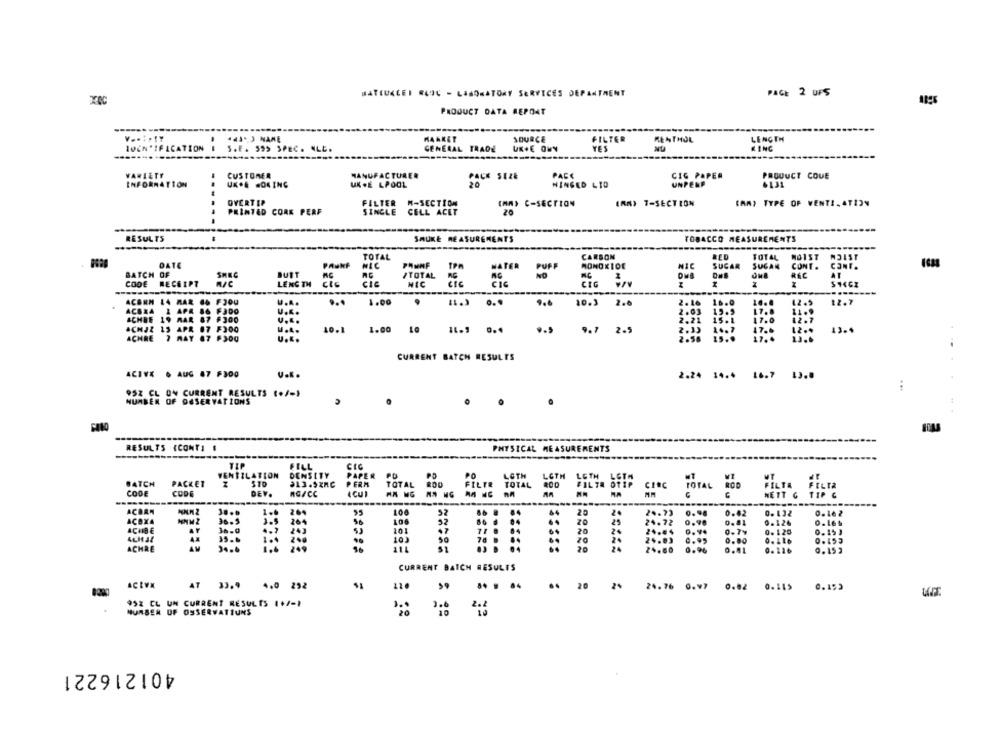
BATEUKLEI REOC - LABORATORY SERVICES DEPARTMENT
PAGE 2 UPS
PRODUCT DATA REPOAT
(41) NAME
MARKET
SOURCE
FILTER
MENTHOL
LENGTH
IUCN' IFICATION I
GENERAL TRADE
YES
KING
S.E. 599 SPEC. ALE.
UK.E OWN
NU
VARIETY
CUSTOMER
MANUFACTURER
PACK SIZE
PACE
CIG PAPER
PRODUCT COUE
UK .E LPOOL
20
UNPERP
6131
INFORMATION
...
HINGED LTD
OVERTIP
FILTER M-SECTION
(AA) C-SECTION
(RM) 7-SECTION
(MA) TYPE OF WENTZ. ATION
PRINTED CORK PERF
SINGLE
CELL ACET
RESULTS
SHUKE REASUREMENTS
TOBACCO MEASUREMENTS
CARBON
TOTAL
NO1ST
DATE
NIC
TOTAL
MONOXIDE
NIC
SUGAR
SUGAR
IPA
NATER
PUFF
CONT .
CanT.
BATCH OF
SHEC
BUST
/TOTAL
NO
MC
REC
AT
CODE
RECEIPT
LENGTH
CIC
NIC
CIG
CIG
---
ACBRM 14
RAR
I APA 86
64 FJou
U ...
1.00
...
9.6
10.3
2.6
2. 16
16.0
16.0
42 .5
12.7
ACBRA
F300
U.K.
2.03
17.8
ACHDE
19 RAR
87 F300
U ...
17.0
ACHJZ 15 APR 17 F300
U.A.
10.1
9.5
9.7
2.21
14.7
ACHRE
U ...
1.00 10 11.9 0.4
2.5
15 ..
17.4
7 MAY 07 F300
2.58
13.6
CURRENT BATCH RESULTS
ACIVE . AUG 67 F300
14.4 16.7 13.8
:
95Z CL ON CURRENT RESULTS (+/-)
NUMBER OF OBSERVATIONS
RESULTS (CONTI #
PHYSICAL MEASUREMENTS
TIP
FILL
VENTILATION
DENSITY
PAPER
PD
LOTH
LOTH
LOTH LCTM
BATCH
PACKET
570
913.5ZAC
PERM
FILTR
FILTR OT1P
TOTAL
TOTAL
TOTAL
FILTA FALTA
CODE
CODE
DEV.
AG/CC
ACUI
CINC
NETT G TIF C
----------
----
ACBRA
264
108
52
84
24.73
0.94
0.02
0.16 2
ACOXA
36.5
52
20
25
264
20
24.72
0.90
ACHBE
AT
36-0
200
101
47
20
0.15 )
4CHAL
35.6
200
10.
SO
78
20
0.95
0.453
ACHRE
AM
200
51
20
24.00
0.96
0.41
0.126
0.15 2
CURRENT BATCH RESULTS
ACLVX
AT 33.9 4.0 292
..
20
2%
24.76
120
.. . ..
0.97 0.02
0.185
0.153
95% CL UN CURRENT RESULTS (+/-1
NUMBER OF OSSERVATIUNS
401216221